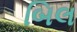
બિલ